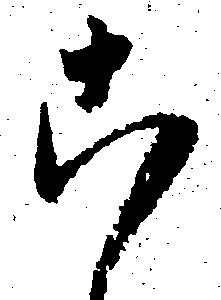
こ